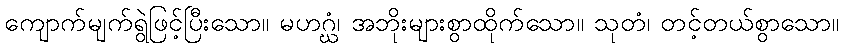
ကျောက်မျက်ရွဲဖြင့်ပြီးသော။ မဟဂ္ဃံ၊ အဘိုးများစွာထိုက်သော။ သုတံ၊ တင့်တယ်စွာသော။